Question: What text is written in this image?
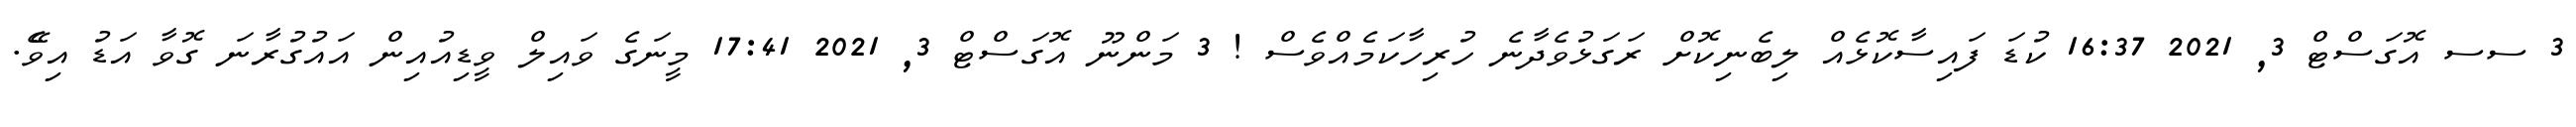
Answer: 3 ސސ އޮގަސްޓް 3, 2021 16:37 ކުޑަ ފައިސާކޮޅެއް ލިބެނިކޮށް ރަގަޅުވެދާނެ ހުރިހާކަމެއްވެސް ! 3 މަންނޫ އޮގަސްޓް 3, 2021 17:41 މީނަގެ ވައިލް ވީޑިއުއިން އައުގުރާނަ ގޮވާ އަޑު އިވެޭ.